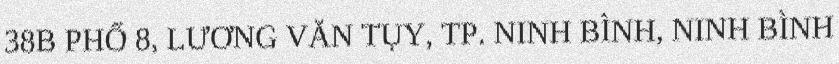
38B PHỐ 8, LƯƠNG VĂN TỤY, TP. NINH BÌNH, NINH BÌNH